Kambja_algkool, lk 47
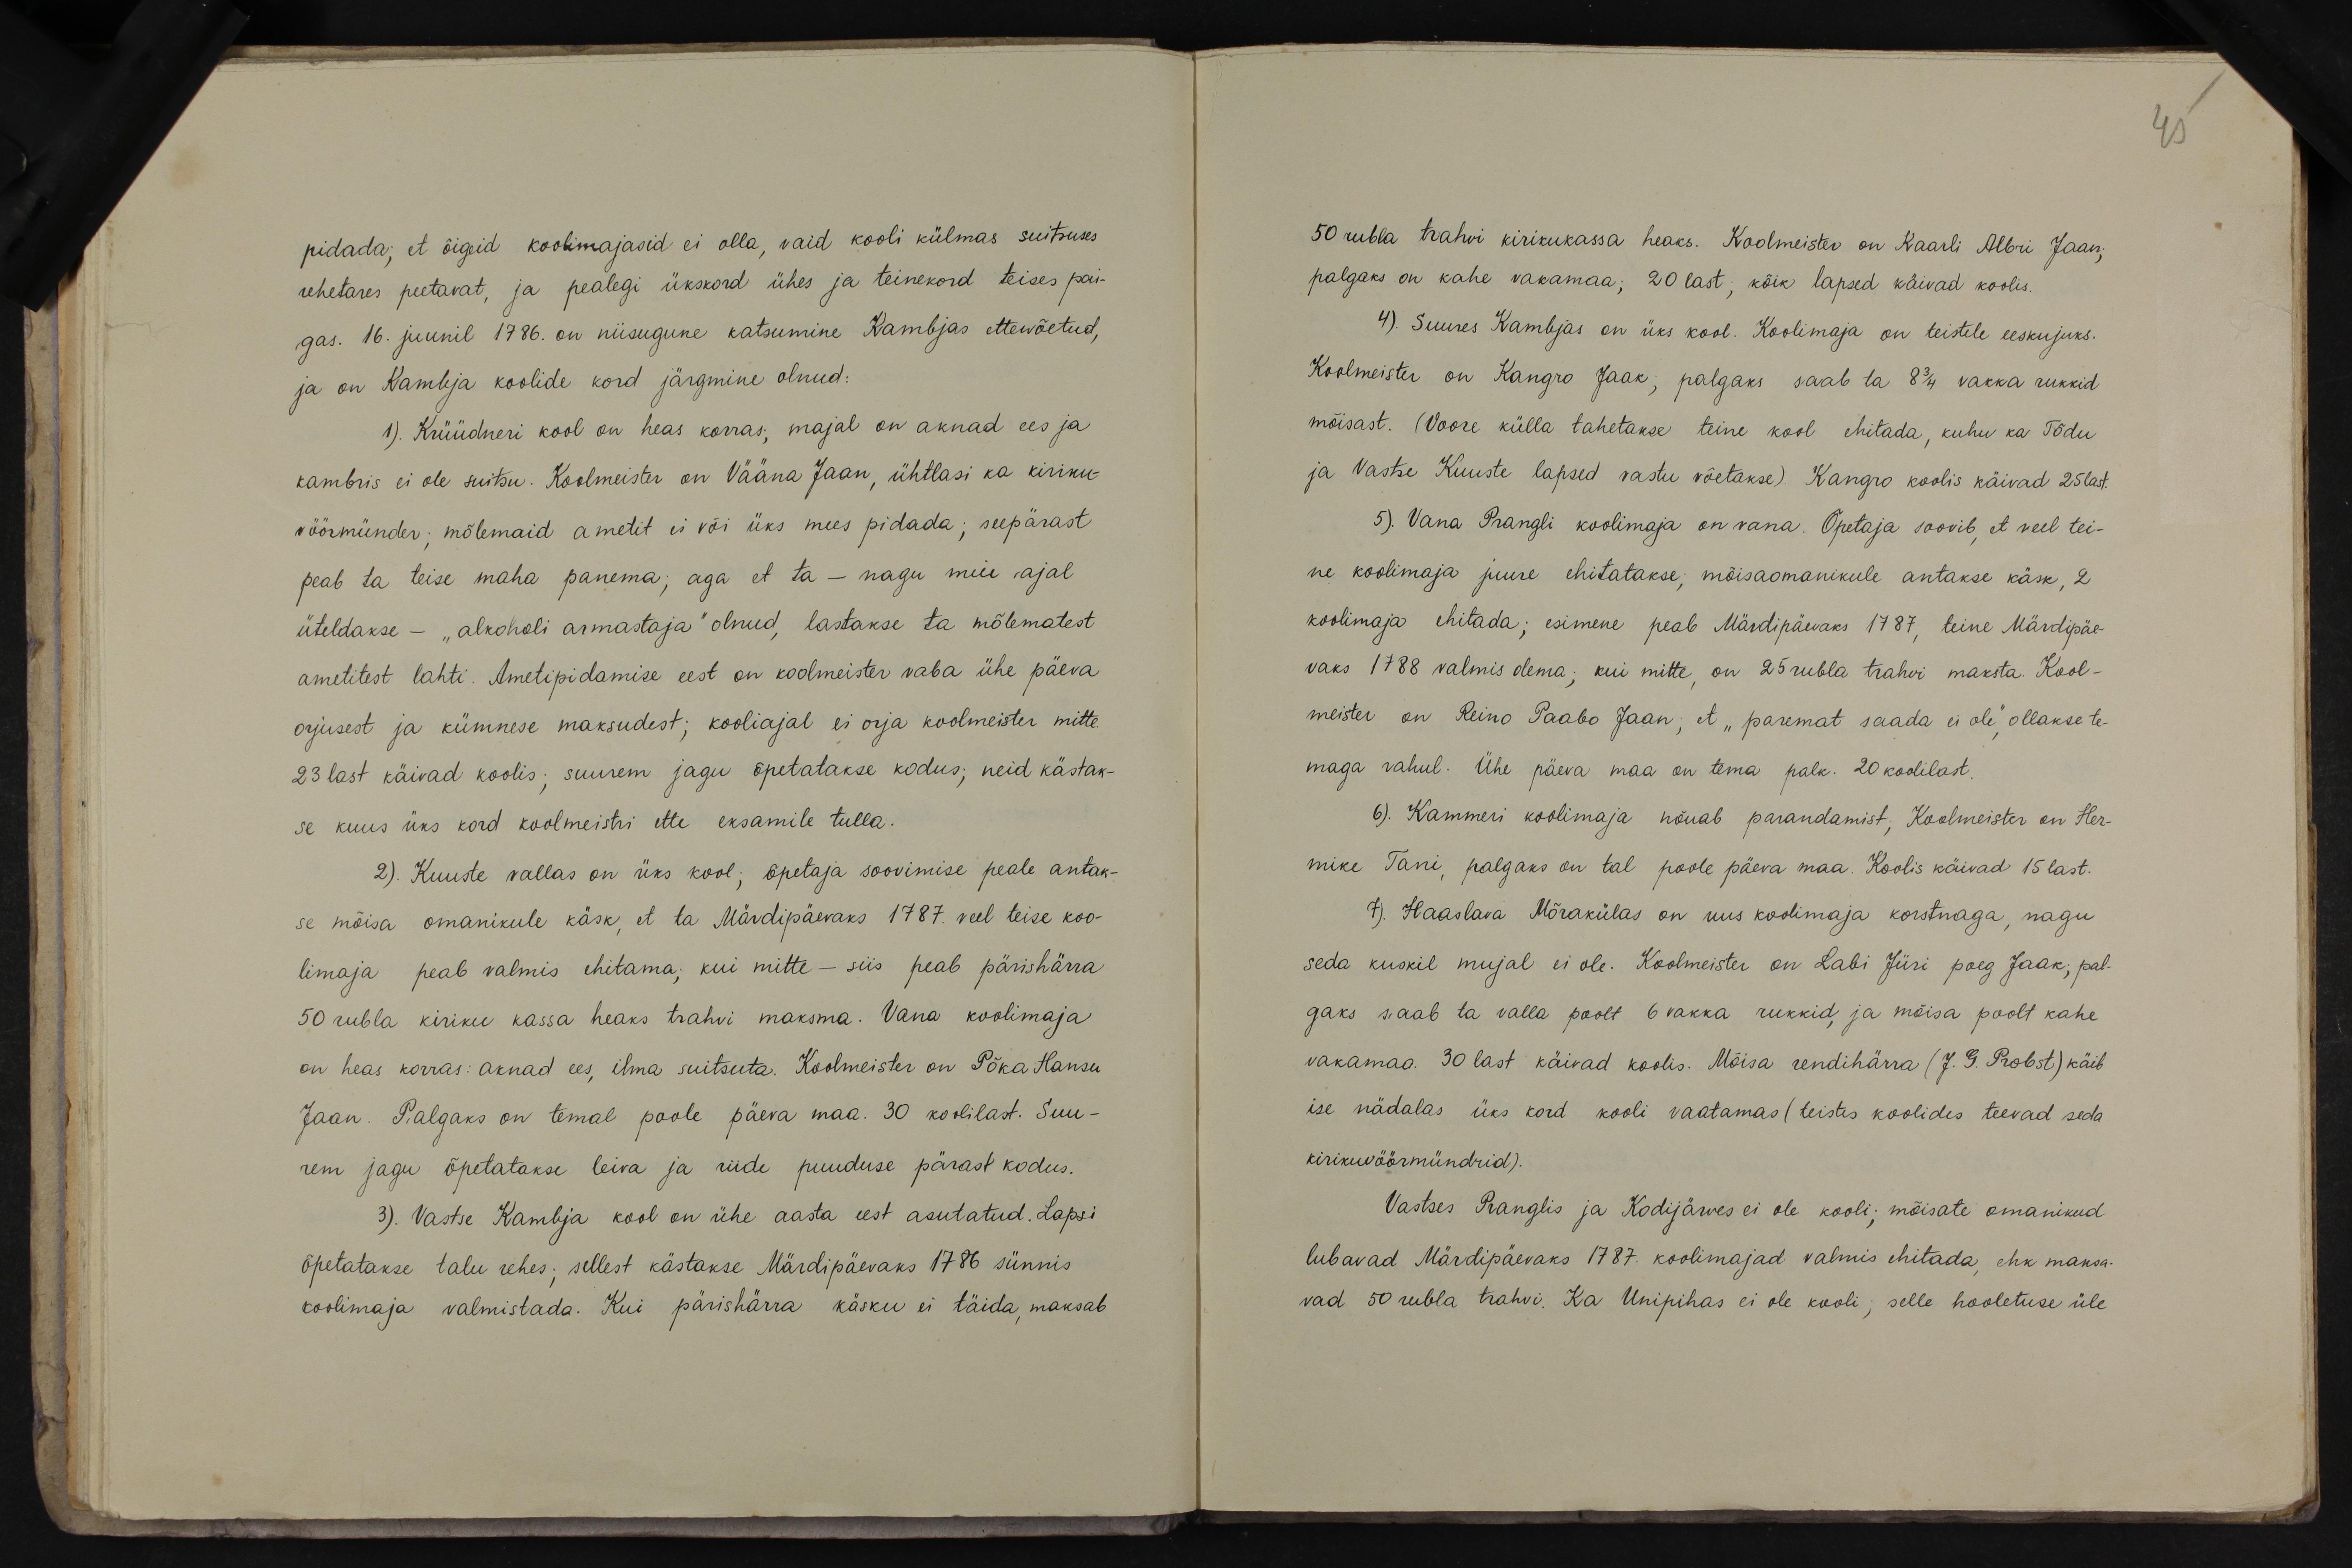
pidada, et õigeid koolimajasid ei olla, vaid kooli külmas suitsuses
vahetares peetavat, ja pealegi ükskord ühes ja teinekord teises pai-
gas. 16. juunil 1786. on niisugune katsumine Kambjas ettewõetud,
ja on Kambja koolide kord järgmine olnud:
1). Krüüdneri kool on heas korras; majal on aknad ees ja
kambris ei ole suitsu. Koolmeister on Vääna Jaan, ühtlasi ka kiriku-
vöörmünder; mõlemaid ametit ei või üks mees pidada; seepärast
peab ta teise maha panema; aga et ta - nagu meie ajal
üteldakse - "alkoholi armastaja" olnud, lastakse ta mõlematest
ametitest lahti. Ametipidamise eest on koolmeister vaba ühe päeva
orjusest ja kümnese maksudest; kooliajal ei orja koolmeister mitte.
23 last käivad koolis; suurem jagu õpetatakse kodus; neid kästak-
se kuus üks kord koolmeistri ette eksamile tulla.
2). Kuuste vallas on üks kool; õpetaja soovimise peale antak-
se mõisa omanikule käsk, et ta Märdipäevaks 1787. veel teise koo-
limaja peab valmis ehitama, kui mitte - siis peab pärishärra
50 rubla kiriku kassa heaks trahvi maksma. Vana koolimaja
on heas korras: aknad ees, ilma suitsuta. Koolmeister on Põka Hansu
Jaan. Palgaks on temal poole päeva maa. 30 koolilast. Suu-
rem jagu õpetatakse leiva ja riide puuduse pärast kodus.
3). Vastse Kambja kool on ühe aasta eest asutatud. Lapsi
õpetatakse talu rehes; sellest kästakse Märdipäevaks 1786 sünnis
koolimaja valmistada. Kui pärishärra käsku ei täida, maksab

45
50 rubla trahvi kirikukassa heaks. Koolmeister on Kaarli Albri Jaan,
palgaks on kahe vakamaa; 20 last; kõik lapsed käivad koolis.
4). Suures Kambjas on üks kool. Koolimaja on teistele eeskujuks.
Koolmeister on Kangro Jaak; palgaks saab ta 8 3/4 vakka rukkid
mõisast. (Voore külla tahetakse teine kool ehitada, kuhu ka Tõdu
ja Vastse Kuuste lapsed vastu võetakse). Kangro koolis käivad 25 last.
5). Vana Prangli koolimaja on vana. Õpetaja soovib, et veel tei-
ne koolimaja juure ehitatakse, mõisaomanikule antakse käsk, 2
koolimaja ehitada; esimene peab Märdipäewaks 1787, teine Märdipäe-
vaks 1788 valmis olema; kui mitte, on 25 rubla trahvi maksta. Kool-
meister on Reino Paabo Jaan; et "paremat saada ei ole", ollakse te-
maga rahul. Ühe päeva maa on tema palk. 20 koolilast,
6). Kammeri koolimaja nõuab parandamist; Koolmeister on Her-
mike Tani, palgaks on tal poole päeva maa. Koolis käivad 15 last.
4) Haaslava Mõrakülas on uus koolimaja korstnaga, nagu
seda kuskil mujal ei ole. Koolmeister on Labi Jüri poeg Jaak, pal-
gaks saab ta valla poolt 6 vakka rukkid, ja mõisa poolt kahe
vakamaa. 30 last käivad koolis. Mõisa rendihärra (J.G.Probst) käib
ise nädalas üks kord kooli vaatamas (teistes koolides teevad seda
kirikuvöörmündrid).
Vastses Pranglis ja Kodijärves ei ole kooli, mõisate omanikud.
lubavad Märdipäevaks 1787. koolimajad valmis ehitada, ehk maksa-
vad 50 rubla trahvi. Ka Unipihas ei ole kooli; selle hooletuse üle